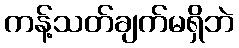
ကန့်သတ်ချက်မရှိဘဲ